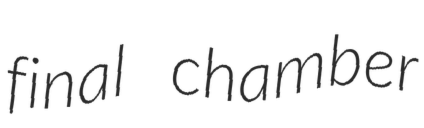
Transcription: final chamber